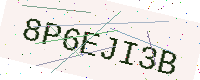
Text: 8P6EJI3B